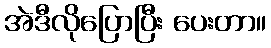
အဲဒီလိုပြောပြီး ပေးတာ။